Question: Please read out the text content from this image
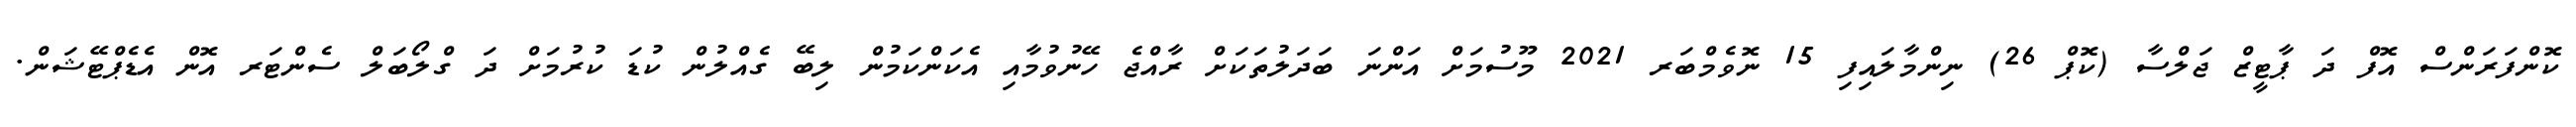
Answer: ކޮންފަރަންސް އޮފް ދަ ޕާޓީޒް ޖަލްސާ (ކޮޕް 26) ނިންމާލައިފި 15 ނޮވެމްބަރ 2021 މޫސުމަށް އަންނަ ބަދަލުތަކަށް ރާއްޖެ ހޭނުވުމާއި އެކަންކަމުން ލިބޭ ގެއްލުން ކުޑަ ކުރުމަށް ދަ ގްލޯބަލް ސެންޓަރ އޮން އެޑެޕްޓޭޝަން.